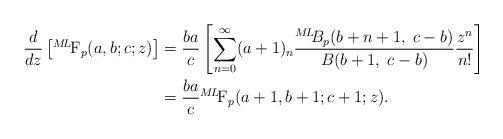
LaTeX: \begin{align*} \frac{d}{dz}\left[{}^{M\!L\!}\textrm{F}_{p}(a,b;c;z) \right] &= \frac{ba}{c} \left[\sum_{n=0}^{\infty} (a+1)_n \frac{{}^{M\!L\!\!}B_{p}(b+n+1,\;c-b)}{B(b+1,\;c-b)} \frac{z^n}{n!} \right]& \\ &= \frac{ba}{c}{}^{M\!L\!}\textrm{F}_{p}(a+1,b+1;c+1;z).&\end{align*}